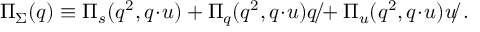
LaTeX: \Pi _ { \Sigma } ( q ) \equiv \Pi _ { s } ( q ^ { 2 } , q \! \cdot \! u ) + \Pi _ { q } ( q ^ { 2 } , q \! \cdot \! u ) \rlap { / } { q } + \Pi _ { u } ( q ^ { 2 } , q \! \cdot \! u ) \rlap { / } { u } \ .